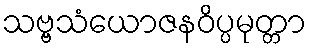
သဗ္ဗသံယောဇနဝိပ္ပမုတ္တာ